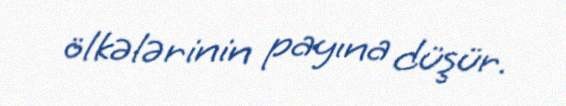
ölkələrinin payına düşür.